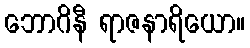
ဘောဂိနီ ရာဇနာရိယော။